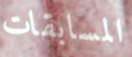
المسابقات